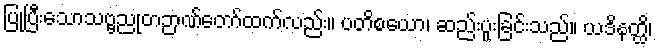
ပြုပြီးသောသဗ္ဗညုတဉာဏ်တော်ထက်လည်း။ ပတိစယော၊ ဆည်းပူးခြင်းသည်။ ယဒိနတ္ထိ၊